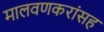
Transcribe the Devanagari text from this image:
मालवणकरांसह